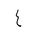
Letter: _ayn